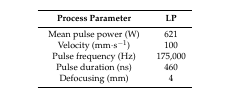
<table><thead><tr><td><b>Process Parameter</b></td><td><b>LP</b></td></tr></thead><tbody><tr><td>Mean pulse power (W)</td><td>621</td></tr><tr><td>Velocity (mm·s<sup>−1</sup>)</td><td>100</td></tr><tr><td>Pulse frequency (Hz)</td><td>175,000</td></tr><tr><td>Pulse duration (ns)</td><td>460</td></tr><tr><td>Defocusing (mm)</td><td>4</td></tr></tbody></table>